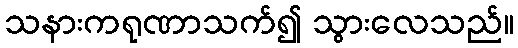
သနားကရုဏာသက်၍ သွားလေသည်။